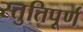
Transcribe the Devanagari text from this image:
स्तुतिपूर्ण